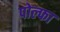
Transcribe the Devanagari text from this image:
पोल्फा